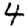
Digit: 4